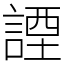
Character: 諲